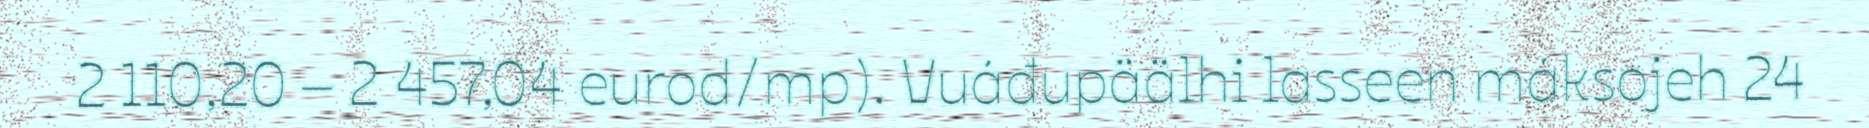
2 110,20 – 2 457,04 eurod/mp). Vuáđupäälhi lasseen máksojeh 24